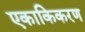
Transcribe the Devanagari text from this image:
एकाकिकरण